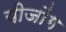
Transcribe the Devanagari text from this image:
यीजोंग